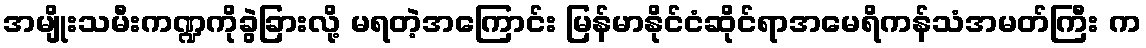
အမျိုးသမီးကဏ္ဍကိုခွဲခြားလို့ မရတဲ့အကြောင်း မြန်မာနိုင်ငံဆိုင်ရာအမေရိကန်သံအမတ်ကြီး က